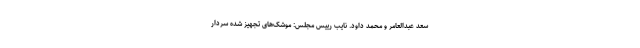
سعد عبدالعامر و محمد داود. نایب رییس مجلس: موشک‌های تجهیز شده سردار